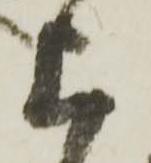
上